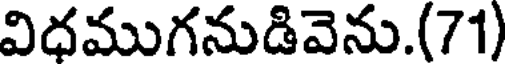
విధముగనుడివెను.(71)